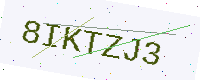
Text: 8IKTZJ3